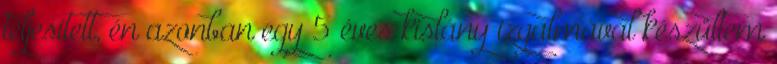
teljesített, én azonban egy 5 éves kislány izgalmával készültem